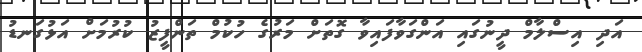
އަދި އިސްލާމް ދީނުގައި އަންގަވާފައިވާ ގޮތަށް މަރުގެ ހުކުމް ތަންފީޒު ކުރުމަށް އަޅުގަނޑު